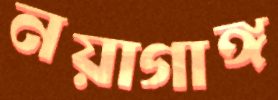
নয়াগাঙ্গ